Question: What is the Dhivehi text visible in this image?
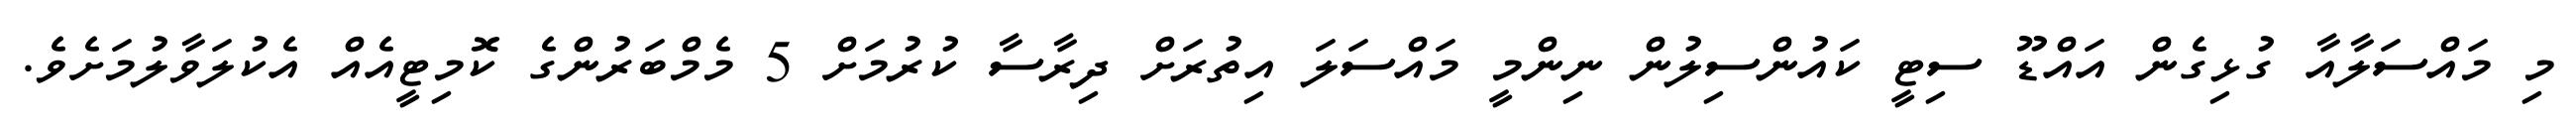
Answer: މި މައްސަލާއާ ގުޅިގެން އައްޑޫ ސިޓީ ކައުންސިލުން ނިންމީ މައްސަލަ އިތުރަށް ދިރާސާ ކުރުމަށް 5 މެމްބަރުންގެ ކޮމިޓީއެއް އެކުލަވާލުމަށެވެ.